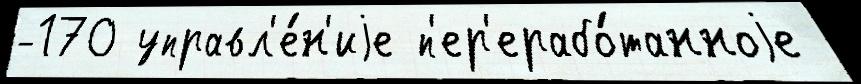
-170 управл'е́н'иjе п'ер'ерабо́танноjе